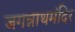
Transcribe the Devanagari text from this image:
जगन्नाथमंदिर